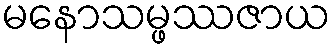
မနောသမ္ဖဿဇာယ